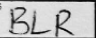
Transcription: BLR